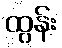
ထွန်း